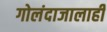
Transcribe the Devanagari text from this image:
गोलंदाजालाही